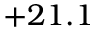
+ 2 1 . 1